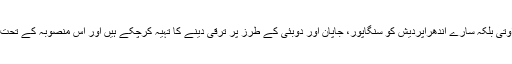
وہ نہ صرف امراوتی بلکہ سارے آندھراپردیش کو سنگاپور، جاپان اور دوبئی کے طرز پر ترقی دینے کا تہیہ کرچکے ہیں اور اس منصوبہ کے تحت کام کررہے ہیں۔